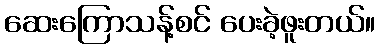
ဆေးကြောသန့်စင် ပေးခဲ့ဖူးတယ်။